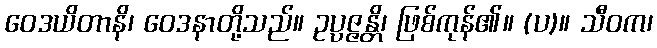
ဝေဒယိတာနိ၊ ဝေဒနာတို့သည်။ ဥပ္ပဇ္ဇန္တိ၊ ဖြစ်ကုန်၏။ (ပ)။ သီဝက၊